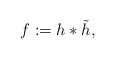
\begin{align*}f := h*\tilde{h},\end{align*}